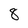
Character: 8